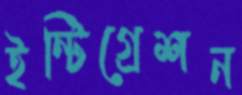
ইন্টিগ্রেশন